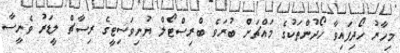
މިހާރު ހޯދިފައިވާ ހޯދުންތަކުގެ މައްޗަށް ބުރަވެ ބްރިސްޓޯލް ޔުނިވަސިޓީގެ ރިސާޗް ލީޑަރު ވެނީސާ